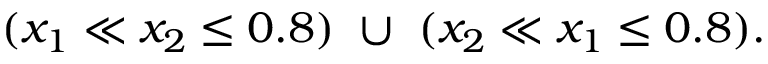
( x _ { 1 } \ll x _ { 2 } \leq 0 . 8 ) \ \cup \ ( x _ { 2 } \ll x _ { 1 } \leq 0 . 8 ) .